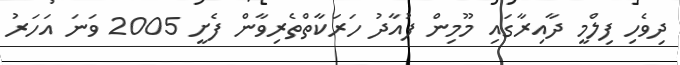
ދިވެހި ފިލްމީ ދާއިރާގައި މޫމިން ފުއާދު ހަރަކާތްތެރިވާން ފެށީ 2005 ވަނަ އަހަރު